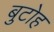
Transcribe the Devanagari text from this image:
बुटोह